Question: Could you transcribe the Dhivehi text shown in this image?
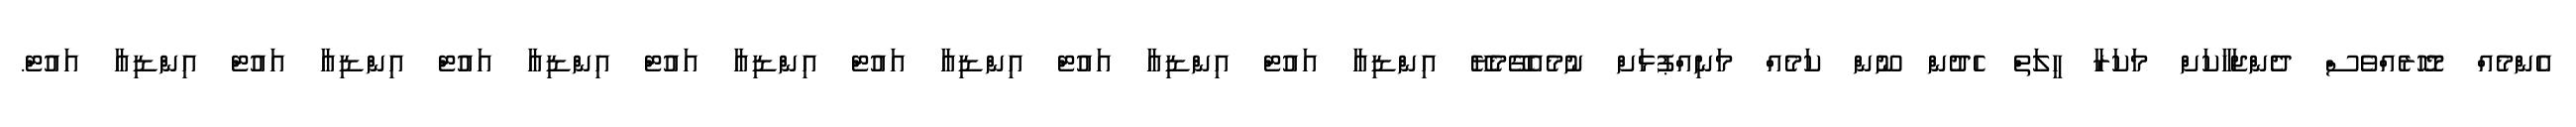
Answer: އެންމެއް މޮހޮރެއްވެސް ދެންޖަހާކަށް މަކަރާ ހީލަތް ހެދުން ނޫން ކަމެއް މަނިއްޕުޅަށް ނުމެއެގޭމެޔޭ އިންޑިއާ އައުޓް އިންޑިއާ އައުޓް އިންޑިއާ އައުޓް އިންޑިއާ އައުޓް އިންޑިއާ އައުޓް އިންޑިއާ އައުޓް އިންޑިއާ އައުޓް.